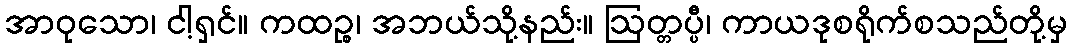
အာဝုသော၊ ငါ့ရှင်။ ကထဉ္စ၊ အဘယ်သို့နည်း။ ဩတ္တပ္ပီ၊ ကာယဒုစရိုက်စသည်တို့မှ